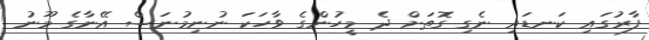
ފާރުގައި ކަނޑައި ނެގި ގޮތަށް ދެ މީހުންގެ ވާހަކަ ނުނިމުނަސް އޭނާގެ މޫނު